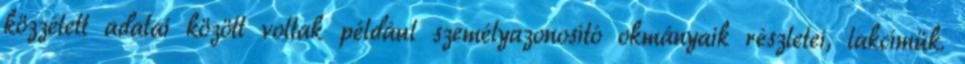
közzétett adatai között voltak például személyazonosító okmányaik részletei, lakcímük.